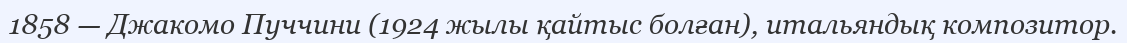
1858 — Джакомо Пуччини (1924 жылы қайтыс болған), итальяндық композитор.